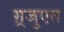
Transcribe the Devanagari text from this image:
ग़्रजुएत